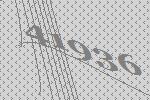
41936